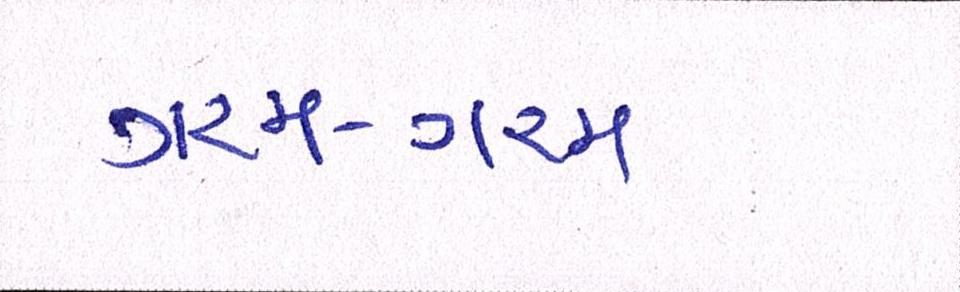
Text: ગરમ-ગરમ